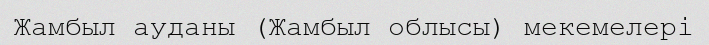
Жамбыл ауданы (Жамбыл облысы) мекемелері